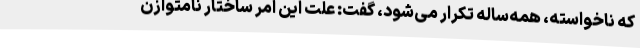
که ناخواسته، همه‌ساله تکرار می‌شود، گفت: علت این امر ساختار نامتوازن